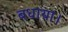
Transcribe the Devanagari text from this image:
बधाया।